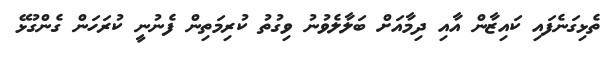
ތެޅިގަނެފައި ކައިޒާން އާއި ދިމާއަށް ބަލާލެވުނު ވިގުތު ކުރިމަތިން ފެނުނީ ކުރަހަން ގެންގުޅޭ